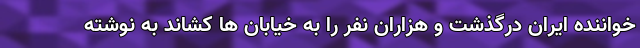
خواننده ایران درگذشت و هزاران نفر را به خیابان ها کشاند به نوشته